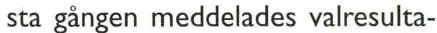
sta gången meddelades valresulta-